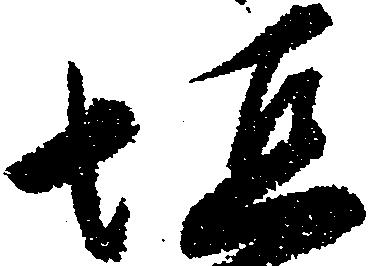
恒